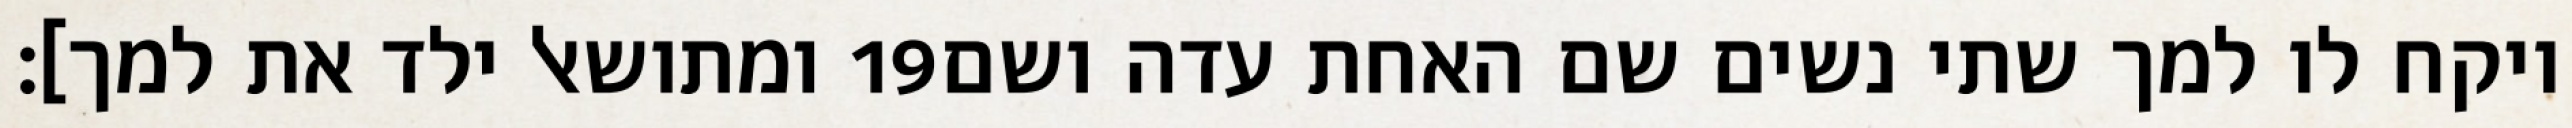
ומתושאל ילד את למך]׃ ‎19‏ ויקח לו למך שתי נשים שם האחת עדה ושם